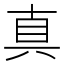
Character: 真